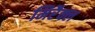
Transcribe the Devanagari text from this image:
मिरैक्ल